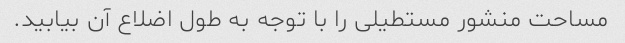
مساحت منشور مستطیلی را با توجه به طول اضلاع آن بیابید.